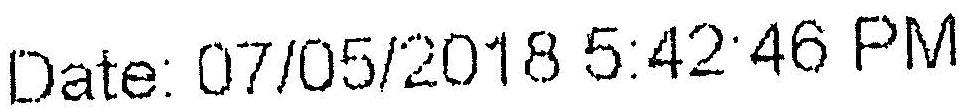
DATE: 07/05/2018 5:42:46 PM